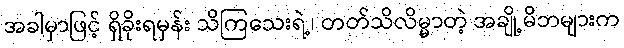
အခါမှာဖြင့် ရှိခိုးရမှန်း သိကြသေးရဲ့၊ တတ်သိလိမ္မာတဲ့ အချို့မိဘများက